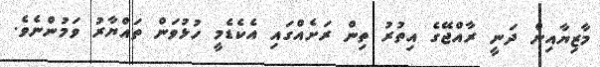
މާޒިޔާއިން ދަނީ ރާއްޖޭގެ އިތުރު ތިން ރަށެއްގައި އެކެޑެމީ ހުޅުވަން ތައްޔާރު ވަމުންނެވެ.